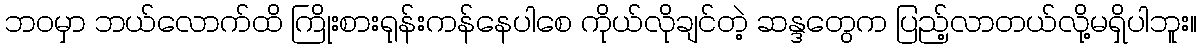
ဘဝမှာ ဘယ်လောက်ထိ ကြိုးစားရုန်းကန်နေပါစေ ကိုယ်လိုချင်တဲ့ ဆန္ဒတွေက ပြည့်လာတယ်လို့မရှိပါဘူး။